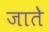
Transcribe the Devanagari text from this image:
जातेे